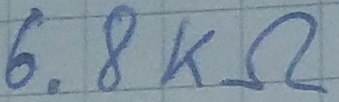
Text: 6.8KΩ